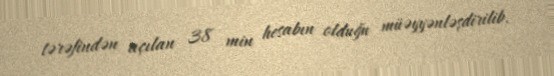
tərəfindən açılan 38 min hesabın olduğu müəyyənləşdirilib.